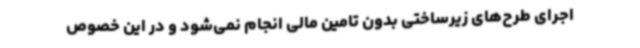
اجرای طرح‌های زیرساختی بدون تامین مالی انجام نمی‌شود و در این خصوص